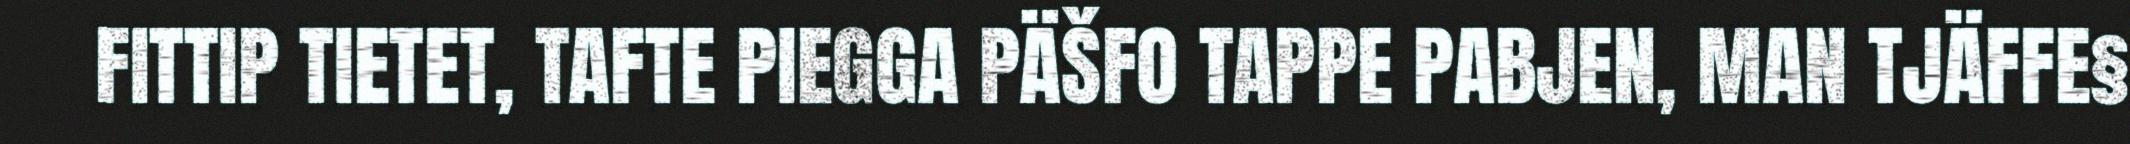
FITTIP TIETET, TAFTE PIEGGA PÄŠFO TAPPE PABJEN, MAN TJÄFFE§